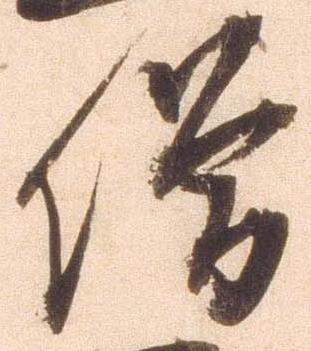
僧